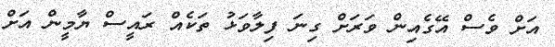
އަށް ވެސް އޭގެއިން ވަރަށް ގިނަ ފިލާވަޅު ތަކެއް ރައީސް ޔާމީން އަށް